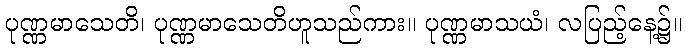
ပုဏ္ဏမာသေတိ၊ ပုဏ္ဏမာသေတိဟူသည်ကား။ ပုဏ္ဏမာသယံ၊ လပြည့်နေ့၌။